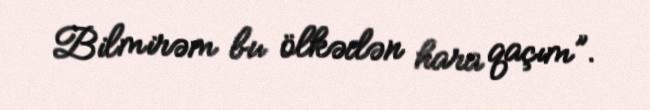
Bilmirəm bu ölkədən hara qaçım”.